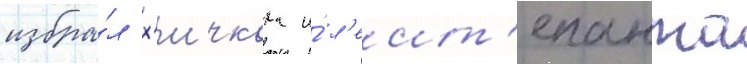
избра́л х'ичкока и́ л'еит'енанта